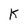
Character: k